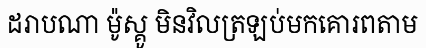
ដរាបណា ម៉ូស្គូ មិនវិលត្រឡប់មកគោរពតាម